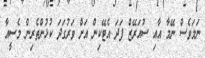
ނަމަވެސް ނޭމާ އާއި ސުއަރޭޒް ފަދަ އެޓޭކިން އަށް ވަރުގަދަ ކުޅުންތެރިން މެސީއާ